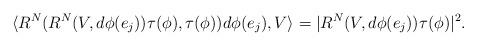
LaTeX: \begin{align*}\langle R^N(R^N(V,d\phi(e_j))\tau(\phi),\tau(\phi))d\phi(e_j),V\rangle=|R^N(V,d\phi(e_j))\tau(\phi)|^2.\end{align*}